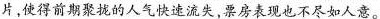
片,使得前期聚拢的人气快速流失,票房表现也不尽如人意。